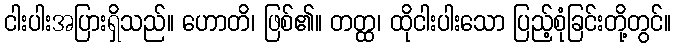
ငါးပါးအပြားရှိသည်။ ဟောတိ၊ ဖြစ်၏။ တတ္ထ၊ ထိုငါးပါးသော ပြည့်စုံခြင်းတို့တွင်။